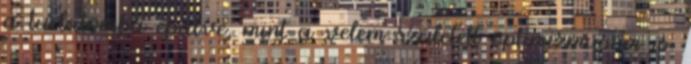
a tudatomba épülve, mint a velem született optimizmusom is.